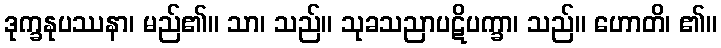
ဒုက္ခနုပဿနာ၊ မည်၏။ သာ၊ သည်။ သုခသညာပဋိပက္ခာ၊ သည်။ ဟောတိ၊ ၏။